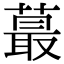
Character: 蕞